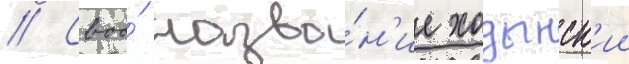
// Своо́ назва́н'ие ходынск'ии